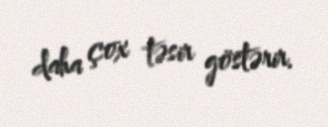
daha çox təsir göstərir.